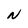
Character: N